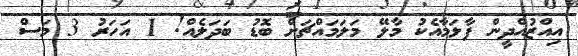
އިއްޒުއްދީން ފާލަމާއެކު މާލޭ މަލަމައްޗަށް ބޮޑު ބަދަލެއް! 1 އަހަރު 3 މަސް